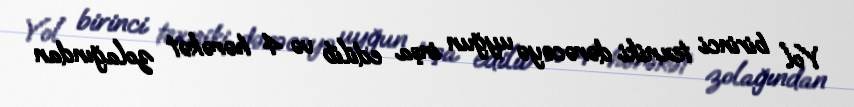
Yol birinci texniki dərəcəyə uyğun inşa edilib və 4 hərəkət zolağından